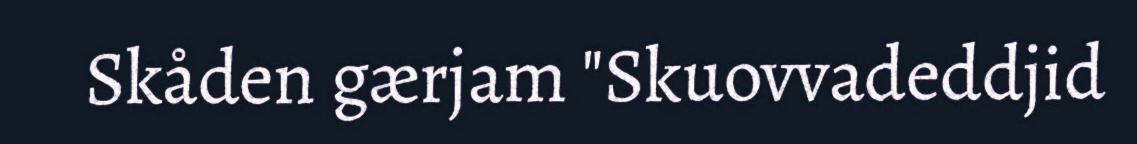
Skåden gærjam "Skuovvadeddjid